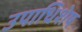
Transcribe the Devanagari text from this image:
उपाधिशेष